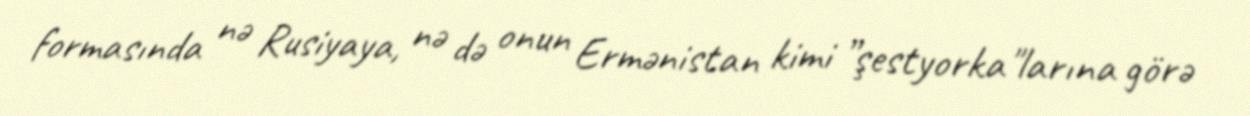
formasında nə Rusiyaya, nə də onun Ermənistan kimi ”şestyorka"larına görə